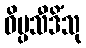
ဝိပ္ပသီဒိံသု